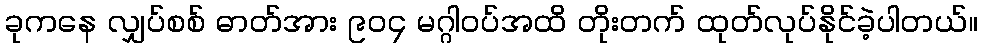
ခုကနေ လျှပ်စစ် ဓာတ်အား ၉၀၄ မဂ္ဂါဝပ်အထိ တိုးတက် ထုတ်လုပ်နိုင်ခဲ့ပါတယ်။